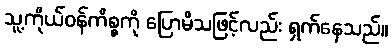
သူ့ကိုယ်ဝန်ကိစ္စကို ပြောမိသဖြင့်လည်း ရှက်နေသည်။